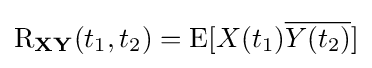
\operatorname {R} _{\mathbf {X} \mathbf {Y} }(t_{1},t_{2})=\operatorname {E} [X(t_{1}){\overline {Y(t_{2})}}]